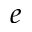
e